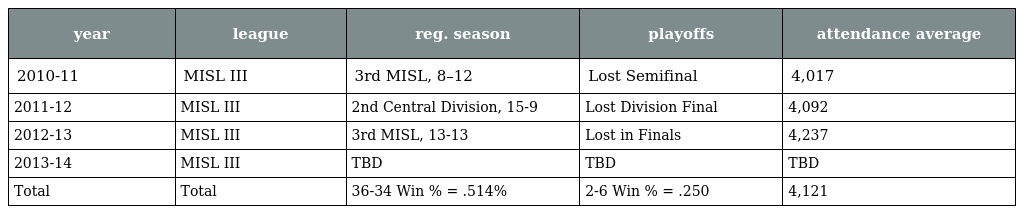
| year | league | reg. season | playoffs | attendance average |
 | --- | --- | --- | --- | --- |
 | 2010-11 | MISL III | 3rd MISL, 8–12 | Lost Semifinal | 4,017 |
 | 2011-12 | MISL III | 2nd Central Division, 15-9 | Lost Division Final | 4,092 |
 | 2012-13 | MISL III | 3rd MISL, 13-13 | Lost in Finals | 4,237 |
 | 2013-14 | MISL III | TBD | TBD | TBD |
 | Total | Total | 36-34 Win % = .514% | 2-6 Win % = .250 | 4,121 |